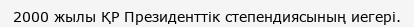
2000 жылы ҚР Президенттік степендиясының иегері.